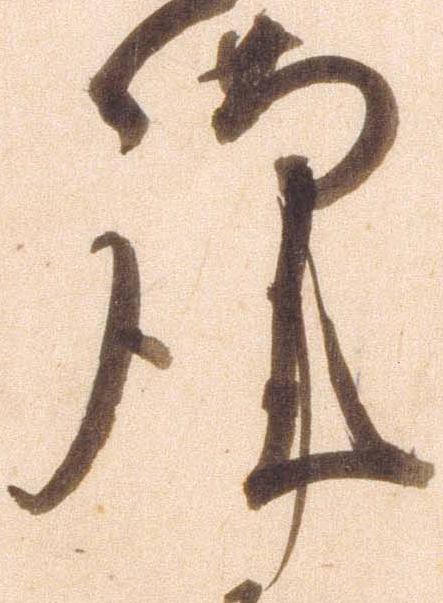
謹